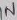
Text: IN